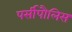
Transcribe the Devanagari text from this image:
पर्सीपौलिस